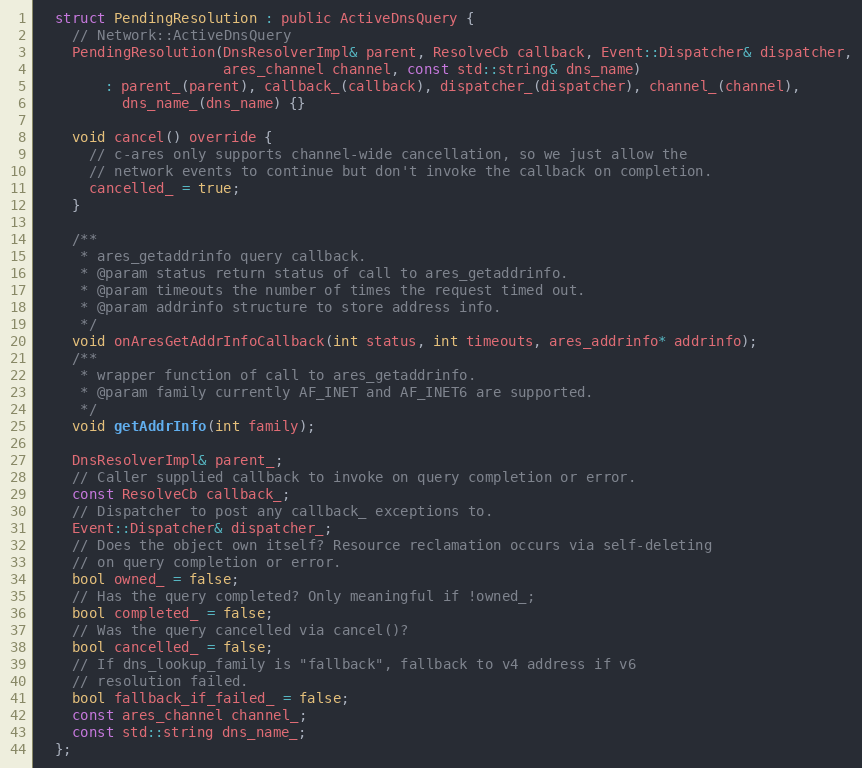
Language: C
  struct PendingResolution : public ActiveDnsQuery {
    // Network::ActiveDnsQuery
    PendingResolution(DnsResolverImpl& parent, ResolveCb callback, Event::Dispatcher& dispatcher,
                      ares_channel channel, const std::string& dns_name)
        : parent_(parent), callback_(callback), dispatcher_(dispatcher), channel_(channel),
          dns_name_(dns_name) {}

    void cancel() override {
      // c-ares only supports channel-wide cancellation, so we just allow the
      // network events to continue but don't invoke the callback on completion.
      cancelled_ = true;
    }

    /**
     * ares_getaddrinfo query callback.
     * @param status return status of call to ares_getaddrinfo.
     * @param timeouts the number of times the request timed out.
     * @param addrinfo structure to store address info.
     */
    void onAresGetAddrInfoCallback(int status, int timeouts, ares_addrinfo* addrinfo);
    /**
     * wrapper function of call to ares_getaddrinfo.
     * @param family currently AF_INET and AF_INET6 are supported.
     */
    void getAddrInfo(int family);

    DnsResolverImpl& parent_;
    // Caller supplied callback to invoke on query completion or error.
    const ResolveCb callback_;
    // Dispatcher to post any callback_ exceptions to.
    Event::Dispatcher& dispatcher_;
    // Does the object own itself? Resource reclamation occurs via self-deleting
    // on query completion or error.
    bool owned_ = false;
    // Has the query completed? Only meaningful if !owned_;
    bool completed_ = false;
    // Was the query cancelled via cancel()?
    bool cancelled_ = false;
    // If dns_lookup_family is "fallback", fallback to v4 address if v6
    // resolution failed.
    bool fallback_if_failed_ = false;
    const ares_channel channel_;
    const std::string dns_name_;
  };